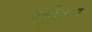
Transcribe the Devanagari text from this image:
जंतुवितरण